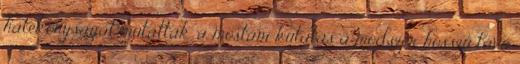
hatékonyságát mutatták, a mostani kutatás a módszer hosszú távú